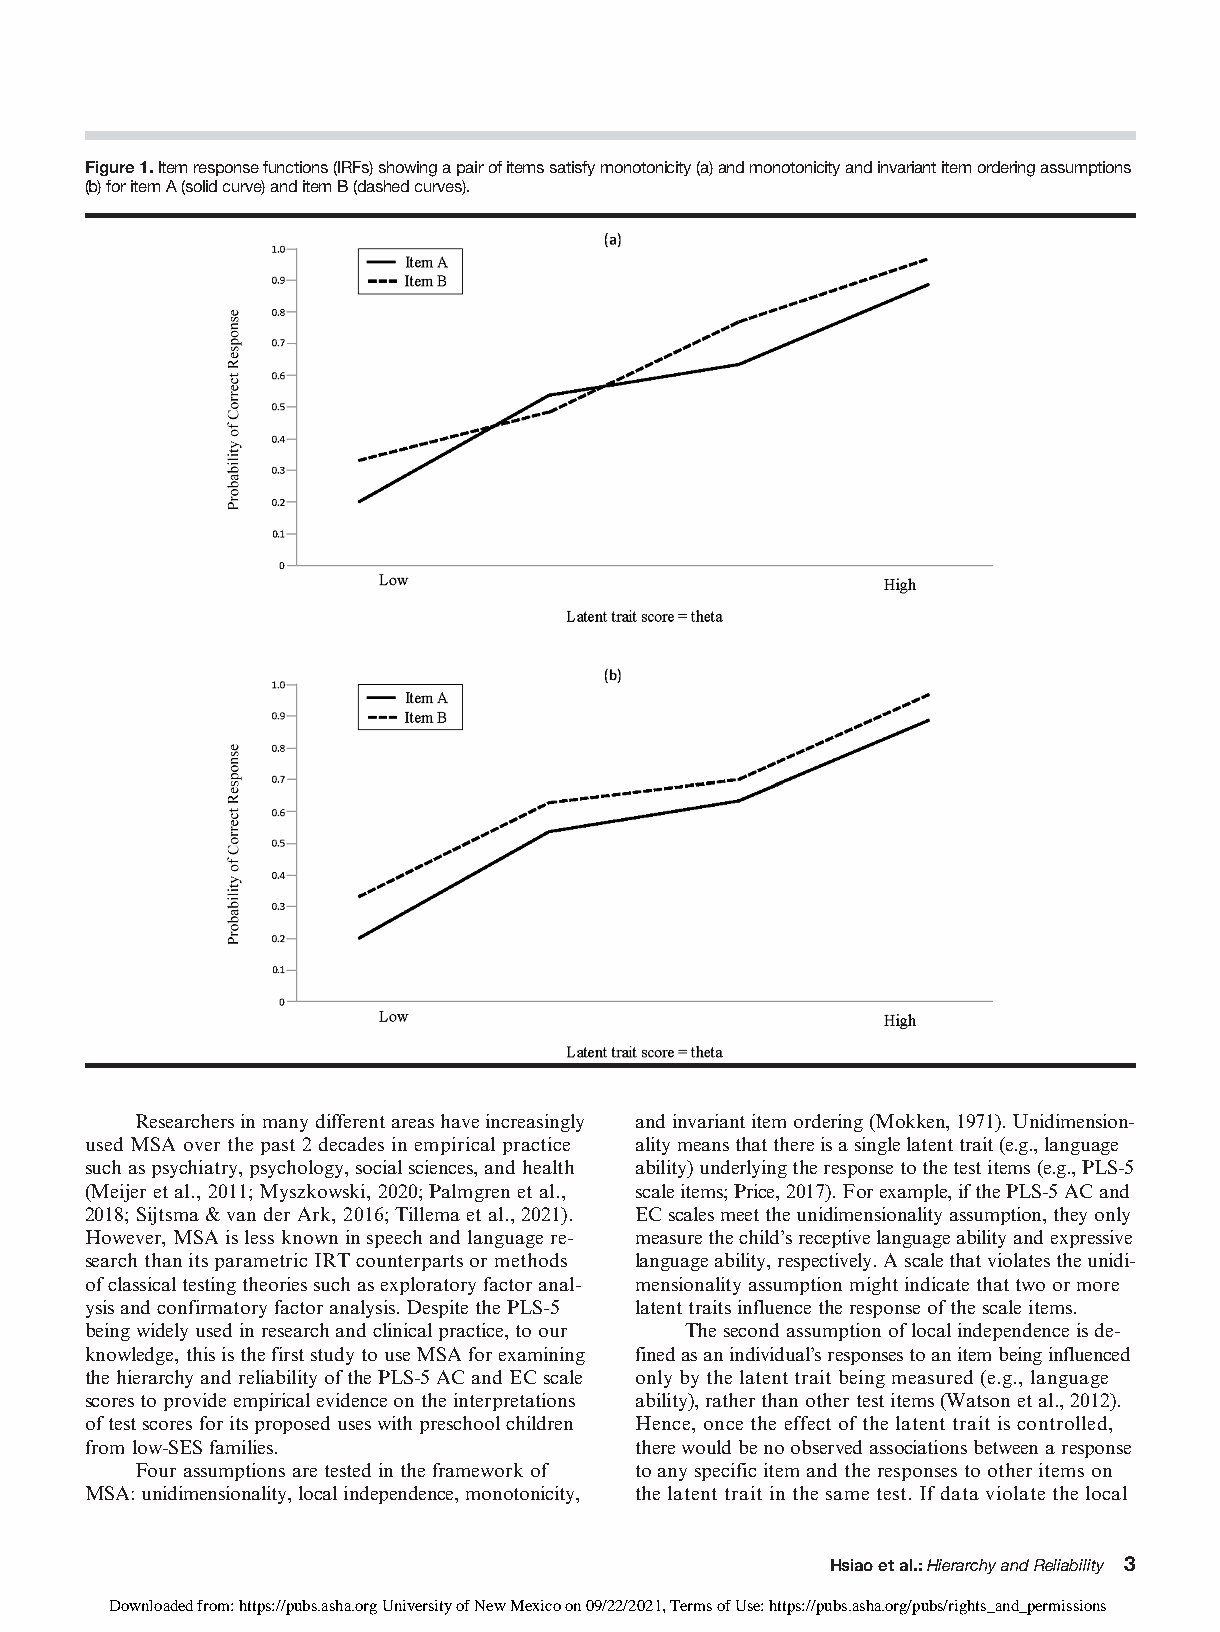
Figure1.Itemresponsefunctions(IRFs)showingapairofitemssatisfymonotonicity(a)andmonotonicityandinvariantitemorderingassumptions
 (b)foritemA(solidcurve)anditemB(dashedcurves).
 Researchersinmanydifferentareashaveincreasingly andinvariantitemordering(Mokken,1971).Unidimension-
 used MSA over the past 2 decades in empirical practice alitymeansthatthereisasinglelatenttrait(e.g.,language
 suchaspsychiatry,psychology,socialsciences,andhealth ability)underlyingtheresponsetothetestitems(e.g.,PLS-5
 (Meijeret al.,2011;Myszkowski,2020;Palmgrenetal., scaleitems;Price,2017).Forexample,ifthePLS-5ACand
 2018;Sijtsma& vanderArk,2016;Tillemaetal.,2021). ECscalesmeettheunidimensionalityassumption,theyonly
 However,MSA islessknown inspeechandlanguagere- measurethechild’sreceptivelanguageabilityandexpressive
 searchthanitsparametricIRTcounterpartsormethods languageability,respectively.Ascalethatviolatestheunidi-
 ofclassicaltestingtheoriessuchasexploratoryfactoranal- mensionalityassumptionmightindicatethattwoormore
 ysisandconfirmatoryfactoranalysis.DespitethePLS-5 latenttraitsinfluencetheresponseofthescaleitems.
 beingwidelyusedinresearchandclinicalpractice,toour Thesecondassumptionoflocalindependenceisde-
 knowledge,thisisthefirststudytouseMSAforexamining finedasanindividual’sresponsestoanitembeinginfluenced
 thehierarchyandreliabilityofthePLS-5ACandECscale only by the latent trait being measured (e.g., language
 scorestoprovideempiricalevidenceontheinterpretations ability),ratherthanothertestitems(Watsonetal.,2012).
 oftestscoresforitsproposeduseswithpreschoolchildren Hence, once the effect of the latent trait is controlled,
 fromlow-SESfamilies.                therewouldbenoobservedassociationsbetweenaresponse
 Fourassumptionsaretestedintheframeworkof toanyspecificitemandtheresponsestootheritemson
 MSA:unidimensionality,localindependence,monotonicity, thelatent trait in the same test. If data violate the local
 Hsiaoetal.:HierarchyandReliability 3
 Downloaded from: https://pubs.asha.org University of New Mexico on 09/22/2021, Terms of Use: https://pubs.asha.org/pubs/rights_and_permissions